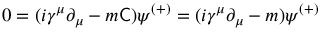
0 = ( i \gamma ^ { \mu } \partial _ { \mu } - m { \mathsf { C } } ) \psi ^ { ( + ) } = ( i \gamma ^ { \mu } \partial _ { \mu } - m ) \psi ^ { ( + ) }